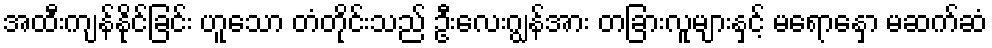
အထီးကျန်နိုင်ခြင်း ဟူသော တံတိုင်းသည် ဦးလေးဂျွန်အား တခြားလူများနှင့် မရောနှော မဆက်ဆံ